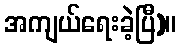
အကျယ်ရေးခဲ့ပြီ)။